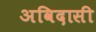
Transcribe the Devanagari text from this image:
अविदासी